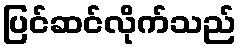
ပြင်ဆင်လိုက်သည်